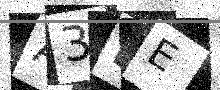
Text: A3EE